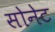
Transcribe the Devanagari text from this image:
सोनेट